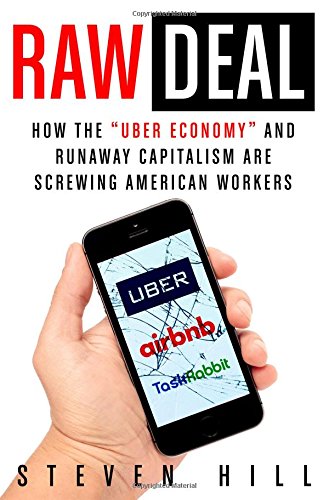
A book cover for Raw Deal: How the "Uber Economy" and Runaway Capitalism Are Screwing American Workers; Steven Hill; Business & Money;